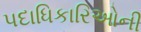
પદાધિકારિઓની